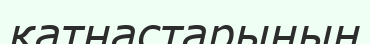
қатнастарының